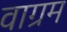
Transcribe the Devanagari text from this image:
वाग्रम